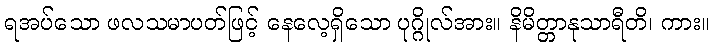
ရအပ်သော ဖလသမာပတ်ဖြင့် နေလေ့ရှိသော ပုဂ္ဂိုလ်အား။ နိမိတ္တာနုသာရီတိ၊ ကား။